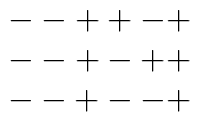
\begin{array}{c} --++-+ \\ --+-++ \\ --+--+ \end{array}